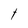
Character: t